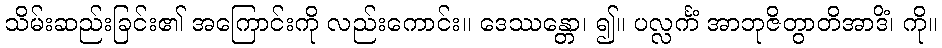
သိမ်းဆည်းခြင်း၏ အကြောင်းကို လည်းကောင်း။ ဒေဿန္တော၊ ၍။ ပလ္လင်္ကံ အာဘုဇိတွာတိအာဒိံ၊ ကို။